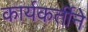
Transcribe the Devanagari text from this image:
कार्यकर्तीने